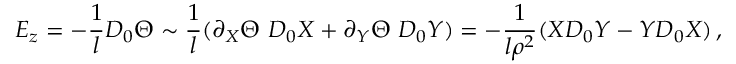
E _ { z } = - { \frac { 1 } { l } } D _ { 0 } \Theta \sim { \frac { 1 } { l } } ( \partial _ { X } \Theta \, \, D _ { 0 } X + \partial _ { Y } \Theta \, \, D _ { 0 } Y ) = - { \frac { 1 } { l \rho ^ { 2 } } } ( X D _ { 0 } Y - Y D _ { 0 } X ) \, ,